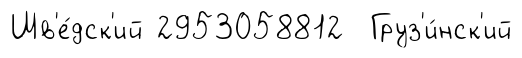
Шв'е́дск'ий 2953058812 Груз'и́нск'ий